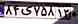
۸۴ی۷۵۸۱۳